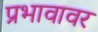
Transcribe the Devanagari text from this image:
प्रभावावर